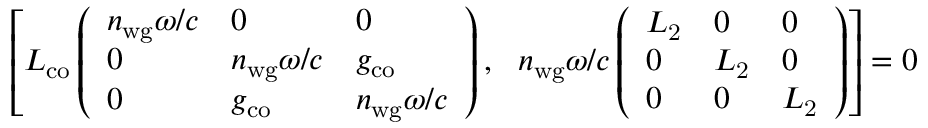
\left[ L _ { \mathrm { c o } } \left( \begin{array} { l l l } { n _ { \mathrm { w g } } \omega / c } & { 0 } & { 0 } \\ { 0 } & { n _ { \mathrm { w g } } \omega / c } & { g _ { \mathrm { c o } } } \\ { 0 } & { g _ { \mathrm { c o } } } & { n _ { \mathrm { w g } } \omega / c } \end{array} \right) , \ \ n _ { \mathrm { w g } } \omega / c \left( \begin{array} { l l l } { L _ { \mathrm { 2 } } } & { 0 } & { 0 } \\ { 0 } & { L _ { \mathrm { 2 } } } & { 0 } \\ { 0 } & { 0 } & { L _ { \mathrm { 2 } } } \end{array} \right) \right] = 0